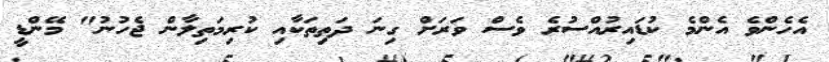
އެހެންވެ އެންމެ ކުޑައިރުއްސުރެ ވެސް ވަރަށް ގިނަ ދަތިތަކާއި ކުރިމަތިލާން ޖެހުނު" މޭންޑީ